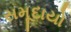
સમૂદાયો